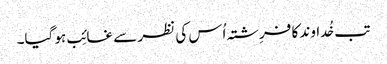
تب خُداوند کا فرِشتہ اُس کی نظر سے غائِب ہو گیا۔